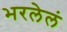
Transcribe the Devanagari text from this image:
भरलेलं